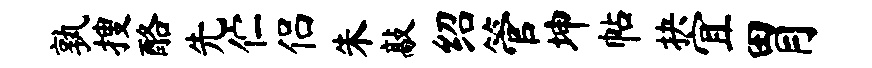
孰搜酪先伫侣朱敲绍管坤帖抉宜胃